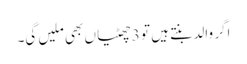
اگر والد بنتے ہیں تو 3 چھٹیاں بھی ملیں گی۔